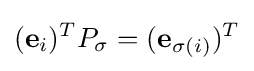
({\bf {e}}_{i})^{T}P_{\sigma }=({\bf {e}}_{\sigma (i)})^{T}